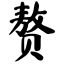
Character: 赘